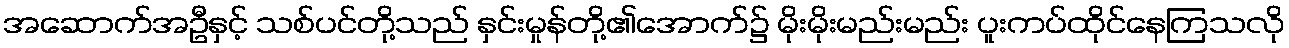
အဆောက်အဦနှင့် သစ်ပင်တို့သည် နှင်းမှုန်တို့၏အောက်၌ မိုးမိုးမည်းမည်း ပူးကပ်ထိုင်နေကြသလို